Leaving Certificate Examination, 1913
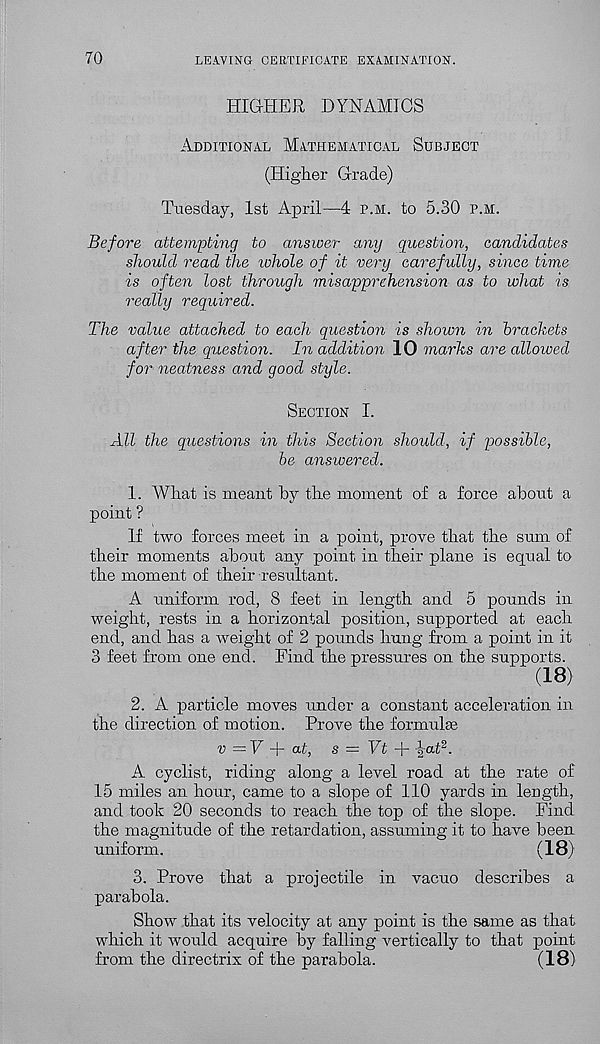
70
LEAVING CERTIFICATE EXAMINATION.
HIGHER DYNAMICS
Additional Mathematical Subject
(Higher Grade)
Tuesday, 1st April—4 p.m. to 5.30 p.m.
Before attempting to answer any question, candidates
should read the whole of it very carefully, since time
is often lost through misapprehension as to what is
really required.
The value attached to each question is shown in brackets
after the question. In addition 10 marks are allowed
for neatness and good style.
Section I.
All the questions in this Section should, if possible,
be answered.
1. What is meant by the moment of a force about a
point ?
If two forces meet in a point, prove that the sum of
their moments about any point in their plane is equal to
the moment of their resultant.
A uniform rod, 8 feet in length and 5 pounds in
weight, rests in a horizontal position, supported at each
end, and has a weight of 2 pounds hung from a point in it
3 feet from one end. Find the pressures on the supports.
(18)
2. A particle moves under a constant acceleration in
the direction of motion. Prove the formulse
v — V -\- ut, s = Vt A ^at 2 .
A cyclist, riding along a level road at the rate of
15 miles an hour, came to a slope of 110 yards in length,
and took 20 seconds to reach the top of the slope. Find
the magnitude of the retardation, assuming it to have been
uniform.
(18)
3. Prove that a projectile in vacuo describes a
parabola.
Show that its velocity at any point is the same as that
which it would acquire by falling vertically to that point
from the directrix of the parabola.
(18)